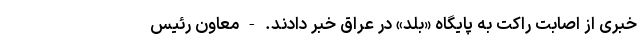
خبری از اصابت راکت به پایگاه «بلد» در عراق خبر دادند. - معاون رئیس